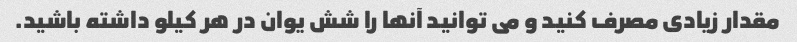
مقدار زیادی مصرف کنید و می توانید آنها را شش یوان در هر کیلو داشته باشید.